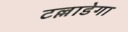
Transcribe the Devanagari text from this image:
टल्लाडेगा